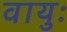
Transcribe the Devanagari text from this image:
वायुः